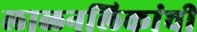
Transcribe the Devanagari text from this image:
लाळनलिकांची